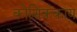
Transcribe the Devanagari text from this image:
कोशिककाय